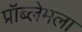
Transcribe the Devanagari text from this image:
प्रॉब्लेमला